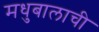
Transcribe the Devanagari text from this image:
मधुबालाची